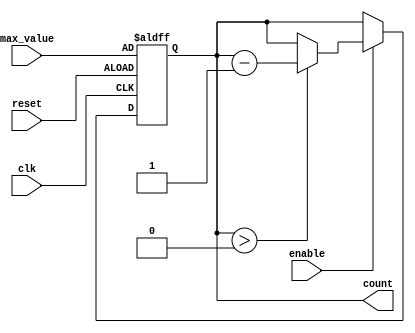
module decremental_counter (
    input wire clk,              // Clock signal
    input wire reset,            // Asynchronous reset signal
    input wire enable,           // Enable signal for counting
    input wire [7:0] max_value,  // Configurable maximum value (8-bit for example)
    output reg [7:0] count       // Current count value (8-bit for example)
);

    // Sequential logic for the decremental counter
    always @(posedge clk or posedge reset) begin
        if (reset) begin
            // Reset the counter to max_value
            count <= max_value;
        end else if (enable) begin
            // Decrement the counter if not at zero
            if (count > 0) begin
                count <= count - 1;
            end
        end
    end

    // Initial value for count
    initial begin
        count = 8'b0; // Initialize count to 0
    end

endmodule